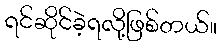
ရင်ဆိုင်ခဲ့ရလို့ဖြစ်တယ်။